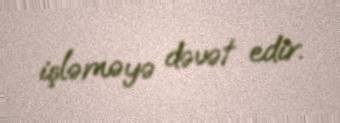
işləməyə dəvət edir.